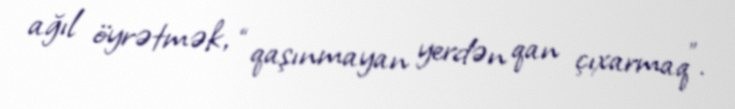
ağıl öyrətmək, “qaşınmayan yerdən qan çıxarmaq”.